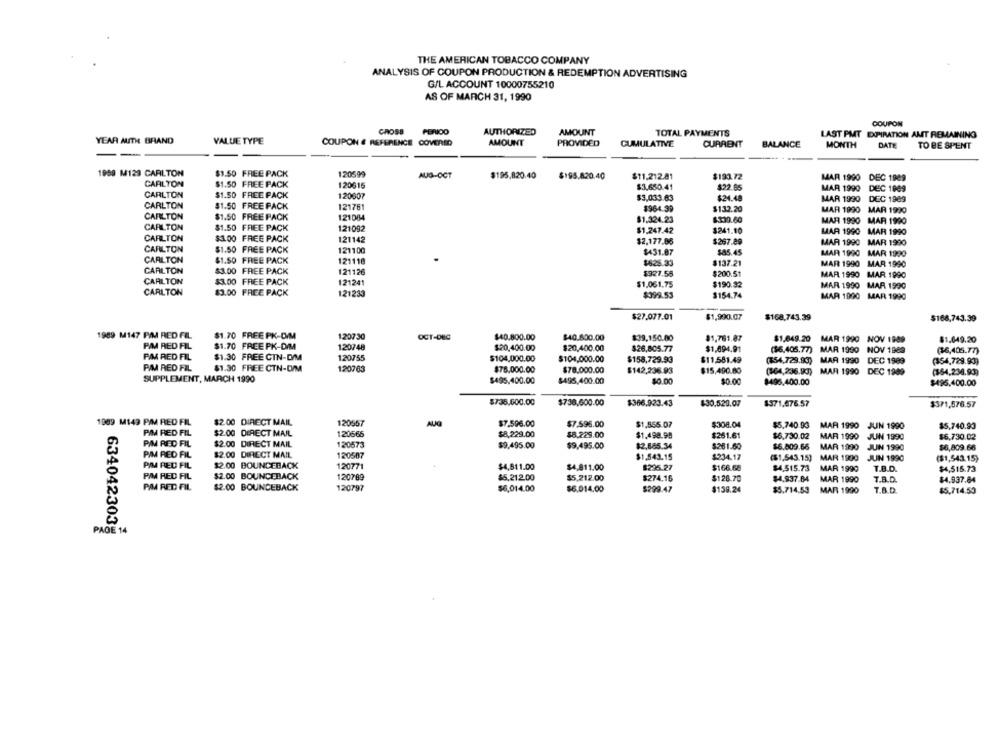
THE AMERICAN TOBACCO COMPANY
ANALYSIS OF COUPON PRODUCTION & REDEMPTION ADVERTISING
G/L ACCOUNT 10000755210
AS OF MARCH 31, 1990
COUPON
CROSS
PERIOD
AUTHORIZED
AMOUNT
TOTAL PAYMENTS
LAST PMT EXPIRATION AMIT REMAINING
YEAR AUTH BRAND
VALUE TYPE
COUPON & REFERENCE COVERED
AMOUNT
PROVIDED
CUMULATIVE
BALANCE
CURRENT
MONTH
DATE TO BE SPENT
-
1959 M129 CARLTON
$1.50 FREE PACK
120599
AUG-OCT
$195,820.40
$195.820.40
$11,212.81
$193.72
MAR 1990 DEC 1989
CARLTON
$1.50 FREE PACK
120615
$3.650.41
$22.65
MAR 1990 DEC 1989
CARLTON
$1.50 FREE PACK
120607
$3,033.63
$24.48
MAR 1990
DEC 1989
CARLTON
$1.50 FREE PACK
121761
$964.39
$132.20
MAR 1990
MAR 1990
CARLTON
$1.50 FREE PACK
121084
$130.60
CARLTON
$1.324.23
MAR 1990
MAR 1990
$1.50 FREE PACK
121092
$1.247.42
$241.10
MAR 1990 MAR 1990
CARLTON
$3.00 FREE PACK
121142
$2,177.05
$267.89
MAR 1990 MAR 1990
CARLTON
$1.50 FREE PACK
121100
$431.87
$85.45
MAR 1990 MAR 1990
CARLTON
$1.50 FREE PACK
121118
$625.33
$137.21
MAR 1990 MAR 1990
CARLTON
$3.00 FREE PACK
121126
$927.55
$200.51
MAR 1990 MAR 1990
CARLTON
$3.00 FREE PACK
121241
$1,061,75
$190.32
MAR 1990 MAR 1990
CARLTON
83.00 FREE PACK
121233
$399.53
$154.74
MAR 1990 MAR 1990
$1,990.07
$168.743.39
$27.077.01
$168,743.39
1989 M147 PAJ RED FIL
$1.70 FREE PK-D/M
120730
OCT-DEC
$40.800.00
$40.600.00
$39.150.00
81,761.87
$1,049.20
$1.649.20
PM RED FIL
$1.70 FREE PK-DIM
120748
MAR 1990 NOV 1989
$20,400.00
$20,400.00
$26,805.77
$1,094.91
($6.405.77)
MAR 1990 NOV 1989
(36,405.77)
PM RED FIL
$1.30 FREE CTN-D/M
120755
$104,000.00
$104,000.00
$158,729.93
$11,581.49
($54,729.83) MAR 1990 DEC 1989
(354,729.93)
PM RED FIL
$1.30 FREE CTN-D/M
120763
$78.000.00
$78.000.00
$142,236.93
$15,490.80
(364,236.93) MAR 1990 DEC 1989
(154,238.93)
SUPPLEMENT, MARCH 1990
$495.400.00
$495,400.00
$0.00
$0.00
$496.400.00
$495.400.00
$735.600.00
$738,600.00
$366.923.43
$30.529.07
$371.676.57
$371,576.57
1989 M143 PIM RED FIL
$2.00 DIRECT MAIL
120567
AUG
$7.596.00
$7.595.00
$1,555.07
$308.04
$5,740 93 MAR 1990 JUIN 1990
$5.740.93
PIM RED FIL
$2.00 DIRECT MAIL
120665
$8,229.00
$8,229.00
$1,498.99
$261.61
$6,730.02
MAR 1990 JUIN 1990
$6,730.02
PIM RED FIL
$2.00 DIRECT MAIL
120573
$9.495.00
$9,495.00
$2,685.34
$261.60
$6.809.66
MAR 1990 JUIN 1990
$6,809.66
PIM RED FIL
$2.00 DIRECT MAIL
120507
$1.543.15
$234.17
($1.543.15]
MAR 1900
JUIN 1990
($1,543.15)
PM RED FIL
$2.00 BOUNCEBACK
12077
$4,811.00
$4,811.00
8225.27
$166.68
$4.515.73
MAR 1990
T.B.D.
$4,515.73
PIM RED FIL
$2.00 BOUNCEBACK
120789
$5,21.2.00
$5,212.00
$274.16
$128.70
$4,837.84
MAR 1990
T.B.D.
$4.937.84
PIM RED FIL
$2.00 BOUNCEBACK
120797
$6,014.00
$6.014.00
$299.47
$138.24
$5.714.53
MAR 1990
7.B.D
$5.714.50
6340423038